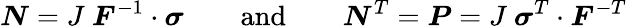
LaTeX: {\boldsymbol{N}}=J~{\boldsymbol{F}}^{-1}\cdot{\boldsymbol{\sigma}}\qquad{\mathrm{and}}\qquad{\boldsymbol{N}}^{T}={\boldsymbol{P}}=J~{\boldsymbol{\sigma}}^{T}\cdot{\boldsymbol{F}}^{-T}